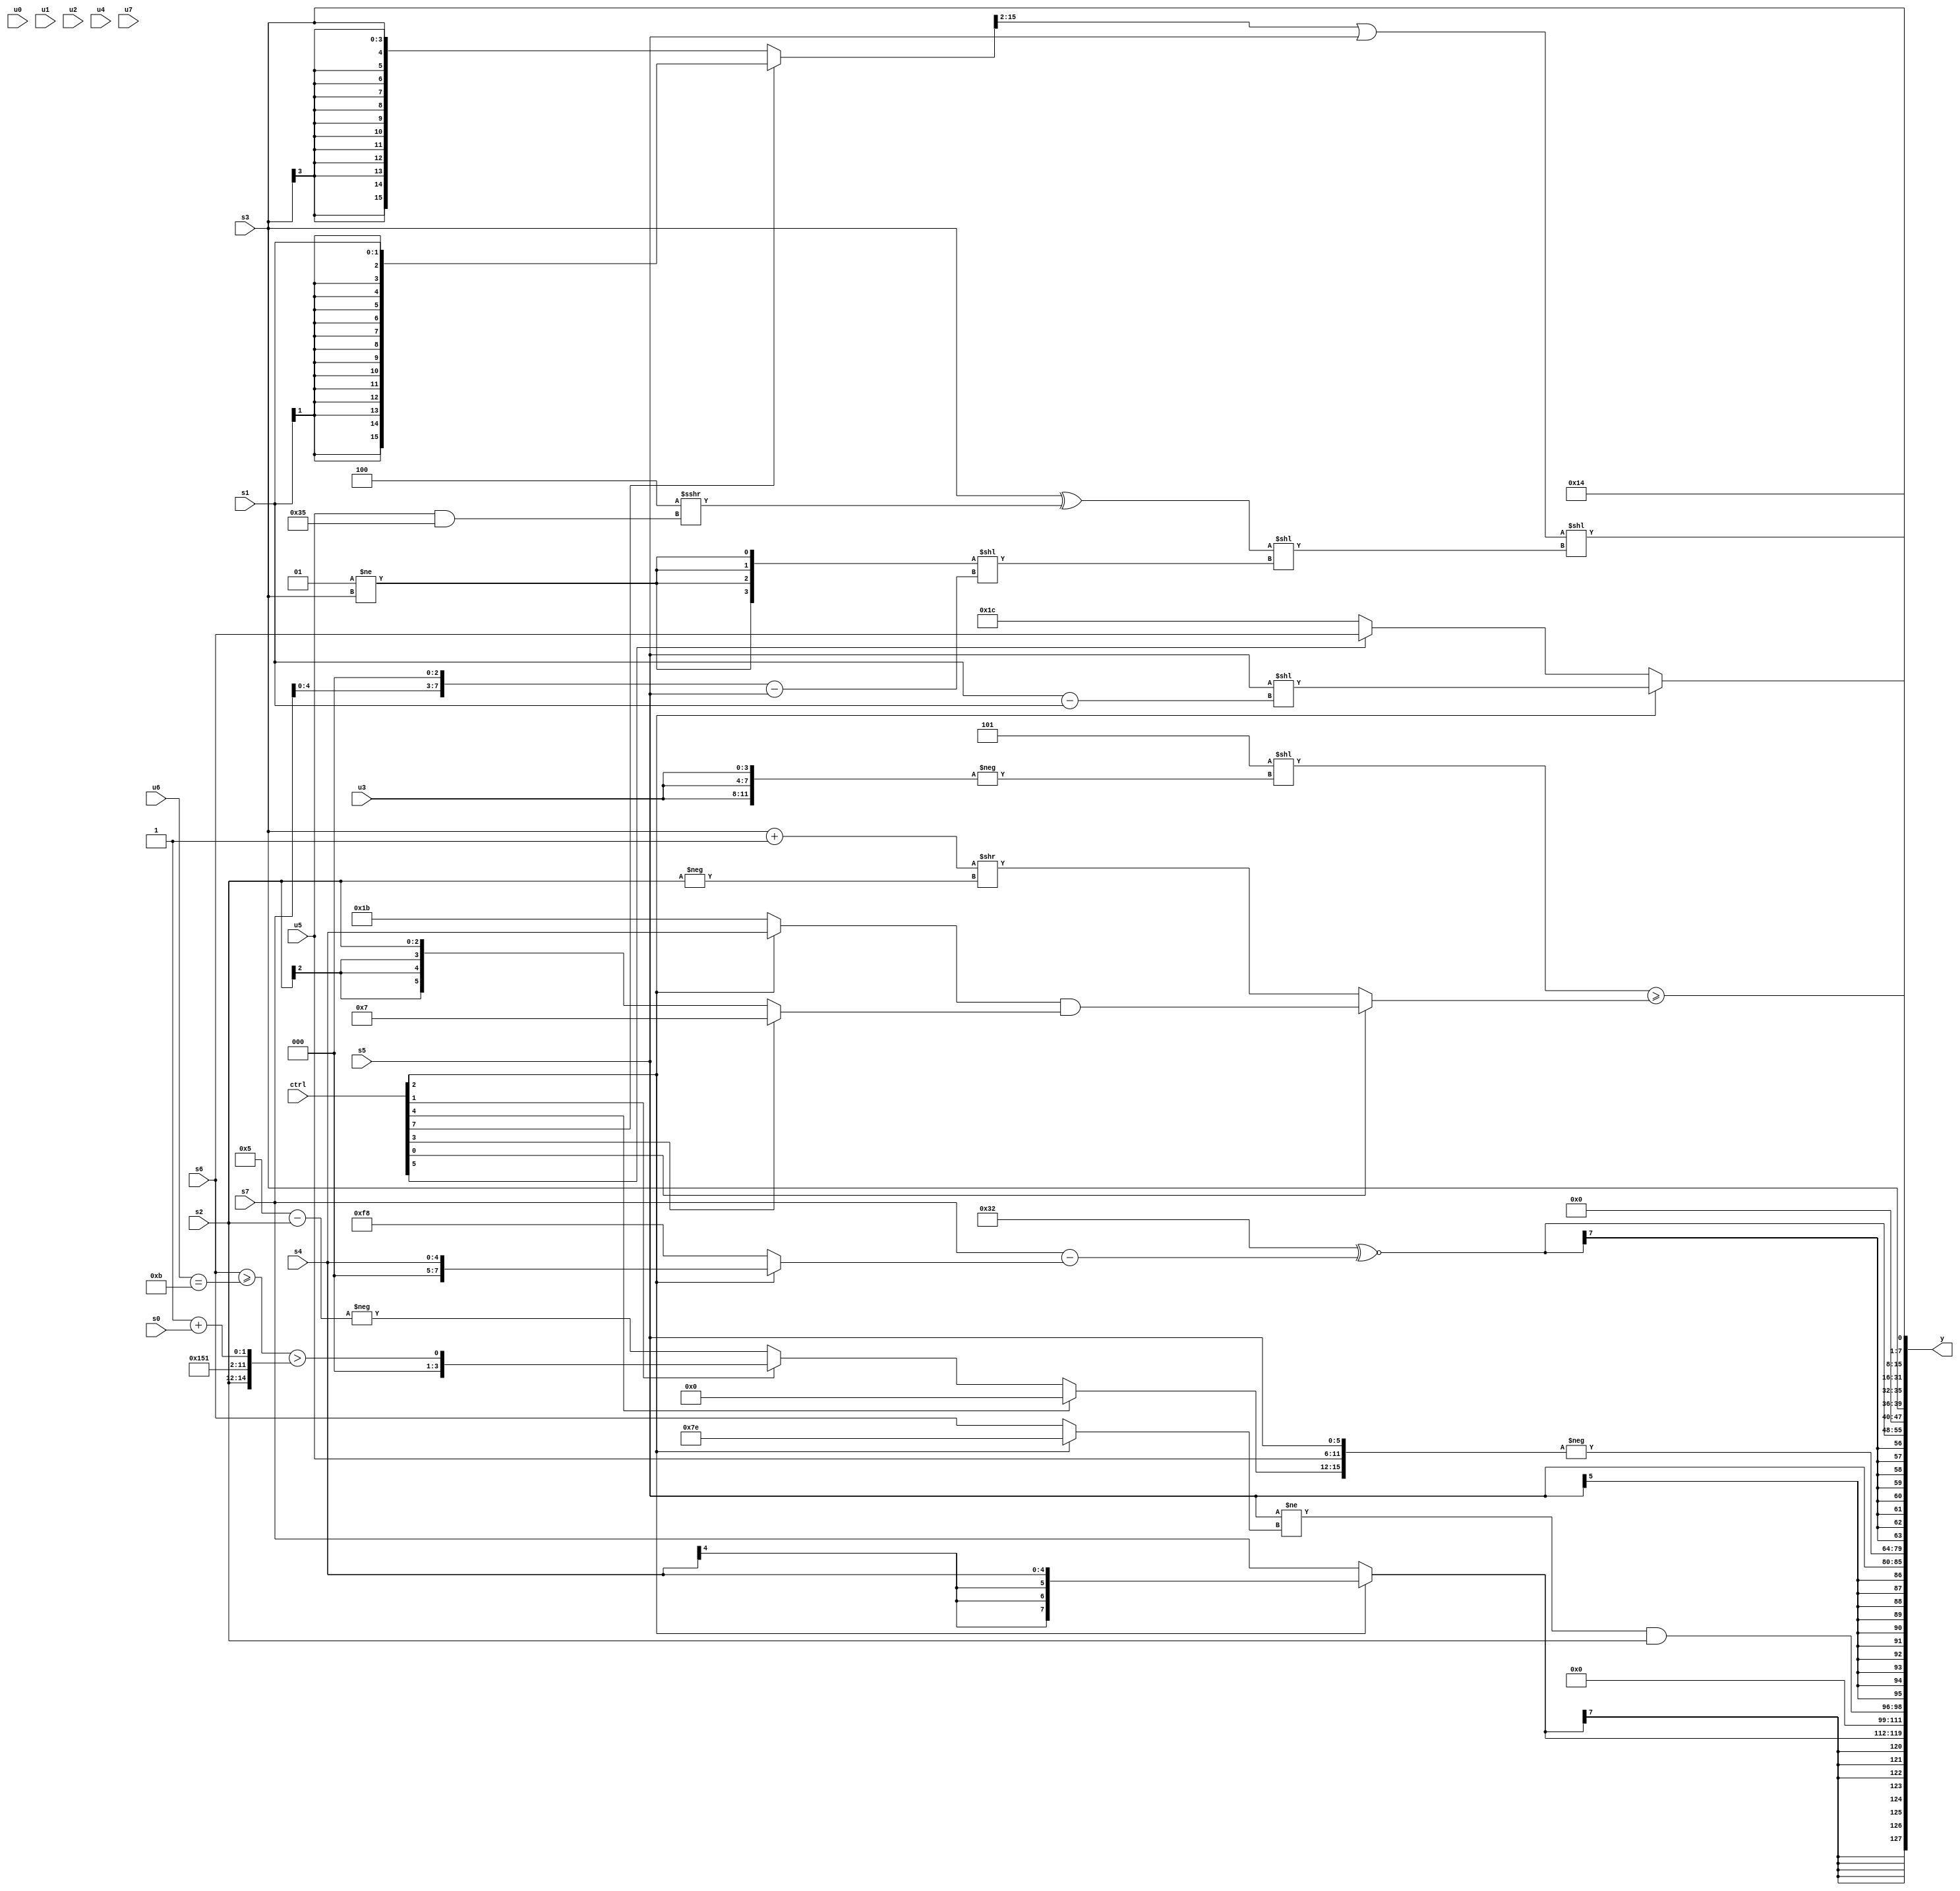
module wideexpr_00928(ctrl, u0, u1, u2, u3, u4, u5, u6, u7, s0, s1, s2, s3, s4, s5, s6, s7, y);
  input [7:0] ctrl;
  input [0:0] u0;
  input [1:0] u1;
  input [2:0] u2;
  input [3:0] u3;
  input [4:0] u4;
  input [5:0] u5;
  input [6:0] u6;
  input [7:0] u7;
  input signed [0:0] s0;
  input signed [1:0] s1;
  input signed [2:0] s2;
  input signed [3:0] s3;
  input signed [4:0] s4;
  input signed [5:0] s5;
  input signed [6:0] s6;
  input signed [7:0] s7;
  output [127:0] y;
  wire [15:0] y0;
  wire [15:0] y1;
  wire [15:0] y2;
  wire [15:0] y3;
  wire [15:0] y4;
  wire [15:0] y5;
  wire [15:0] y6;
  wire [15:0] y7;
  assign y = {y0,y1,y2,y3,y4,y5,y6,y7};
  assign y0 = (ctrl[2]?s4:s7);
  assign y1 = +(((s5)!=((ctrl[2]?-(-((2'sb11)<<<(1'sb1))):+(s6))))&(s2));
  assign y2 = s5;
  assign y3 = -($signed({(ctrl[4]?2'b00:(ctrl[1]?$unsigned(((+(s6))>=((u6)==(4'sb1011)))>({s2,5'sb01010,5'sb10001,(2'sb11)+(s0)})):{(((ctrl[5]?s4:6'sb010001))|((ctrl[5]?s4:s1)))|((ctrl[4]?(6'sb011001)+(1'sb1):(6'sb010001)<<<(4'sb1000))),$signed(-((4'sb0101)-(s2)))})),{u5},$signed(s5)}));
  assign y4 = $signed((6'sb110010)^~((s7)-((ctrl[2]?s4:-($unsigned(4'sb1000))))));
  assign y5 = {2{s3}};
  assign y6 = ((((ctrl[7]?$signed(s1):+(s3)))>>>(4'sb0010))|(s5))<<((($unsigned(s3))^((5'sb00100)>>>((u5)&(6'sb110101))))<<(({4{(2'sb01)!=(s3)}})<<(((s7)<<(2'b11))-(s5))));
  assign y7 = {4'b1010,&({4{~|(4'b0001)}}),+((ctrl[2]?($unsigned(s5))<<((s1)-(s1)):(ctrl[5]?s6:6'sb011100))),(($signed(3'b101))<<(-({3{u3}})))>=((ctrl[0]?((ctrl[2]?s4:4'sb1011))&((ctrl[3]?6'sb000111:s2)):((s3)+(2'sb11))>>(-(s2))))};
endmodule